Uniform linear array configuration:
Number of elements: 32
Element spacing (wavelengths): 1
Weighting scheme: hann
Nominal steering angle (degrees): -60
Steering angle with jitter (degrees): -58.853
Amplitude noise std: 0.05
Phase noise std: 0.05

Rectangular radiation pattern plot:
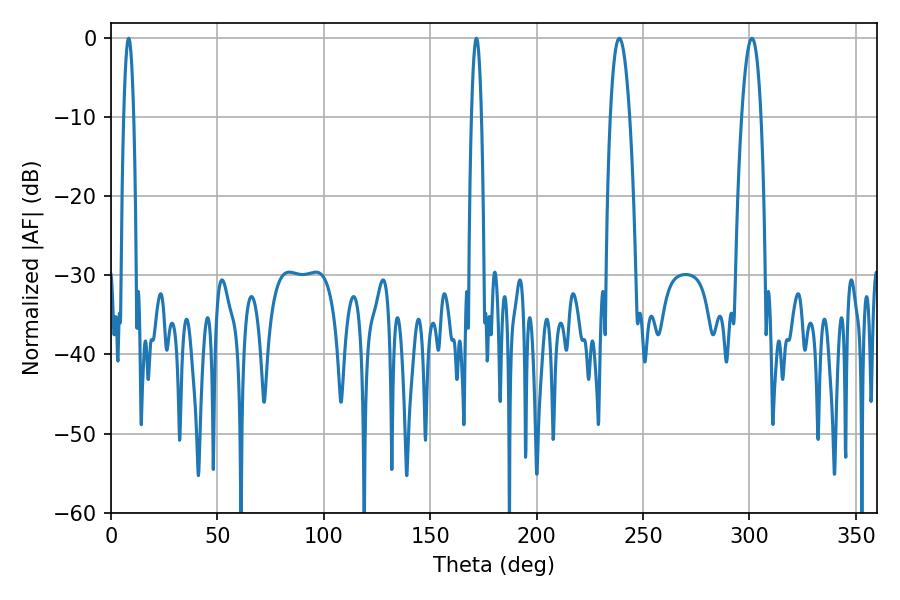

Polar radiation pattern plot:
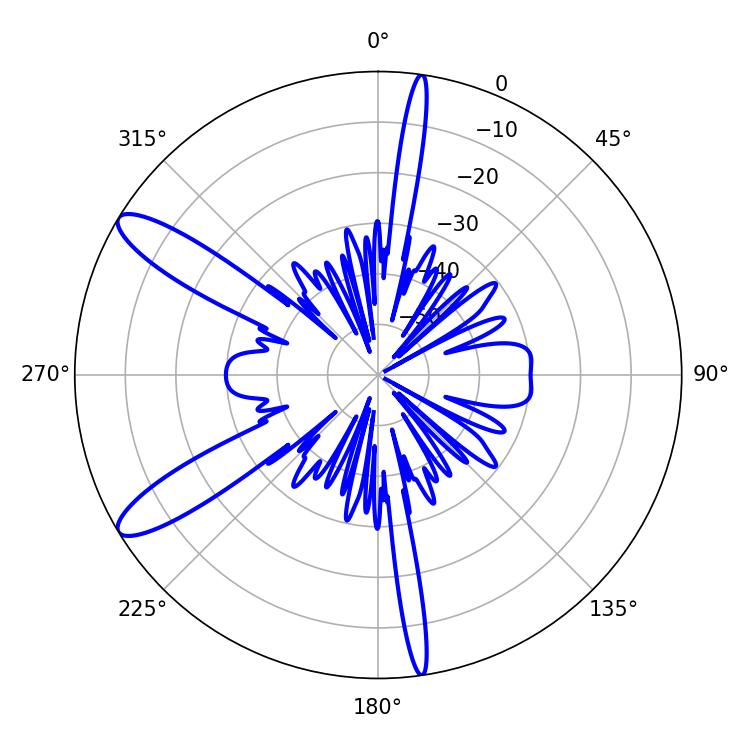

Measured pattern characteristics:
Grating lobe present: TRUE
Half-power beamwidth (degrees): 4.86
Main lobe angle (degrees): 238.86